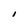
Character: I